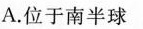
A.位于南半球